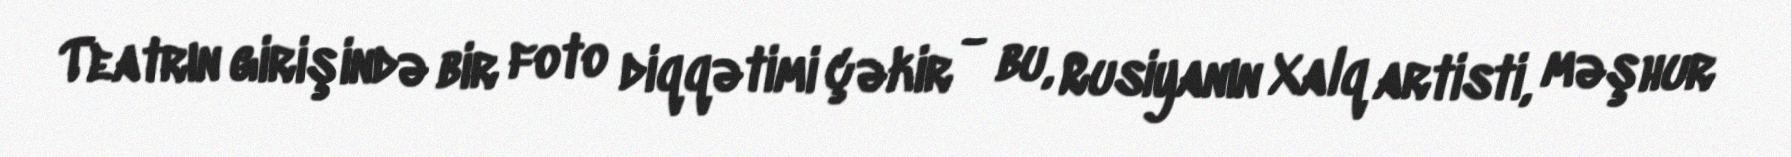
Teatrın girişində bir foto diqqətimi çəkir - bu, Rusiyanın Xalq artisti, məşhur